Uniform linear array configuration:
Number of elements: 16
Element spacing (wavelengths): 0.25
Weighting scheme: kaiser
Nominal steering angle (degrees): -15
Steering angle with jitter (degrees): -15.533
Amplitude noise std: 0.05
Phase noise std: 0.05

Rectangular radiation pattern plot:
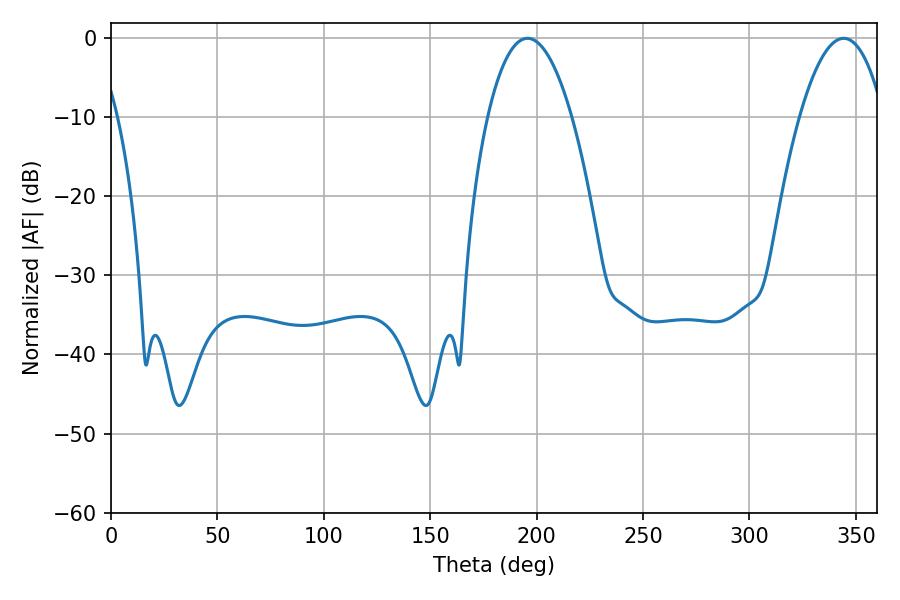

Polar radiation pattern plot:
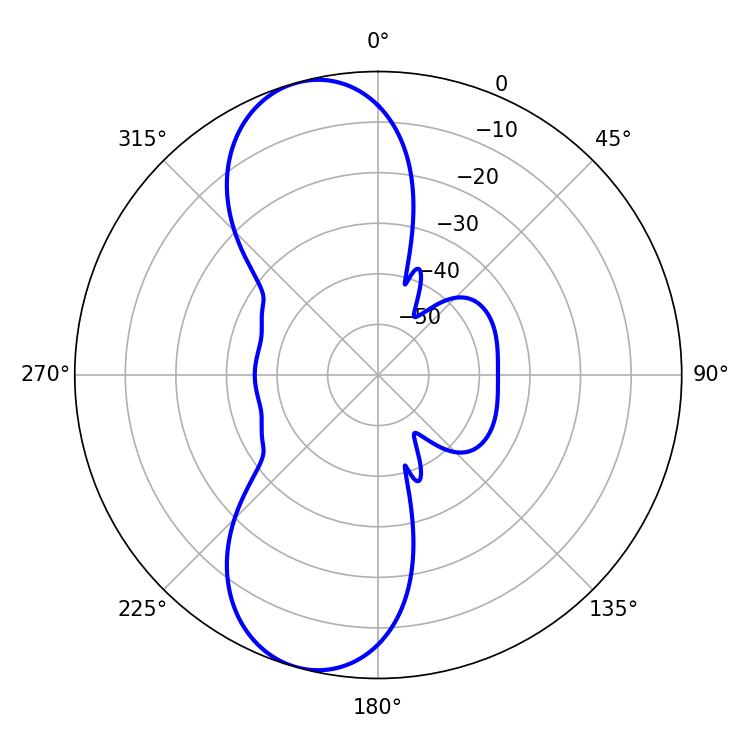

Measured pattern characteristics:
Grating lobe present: FALSE
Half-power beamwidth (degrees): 21.96
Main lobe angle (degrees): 195.66